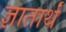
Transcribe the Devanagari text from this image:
ज्ञातार्थं